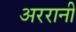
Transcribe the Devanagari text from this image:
अररानी